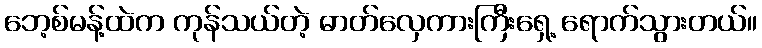
ဘေ့စ်မန့်ထဲက ကုန်သယ်တဲ့ ဓာတ်လှေကားကြီးရှေ့ ရောက်သွားတယ်။